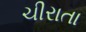
ચીરાતા